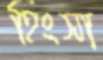
হিংসা